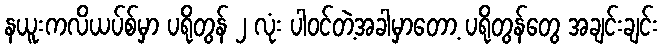
နယူးကလိယပ်စ်မှာ ပရိုတွန် ၂ လုံး ပါဝင်တဲ့အခါမှာတော့ ပရိုတွန်တွေ အချင်းချင်း